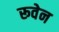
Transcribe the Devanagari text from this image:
रूवेन